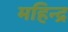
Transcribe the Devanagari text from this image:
महिन्द्र